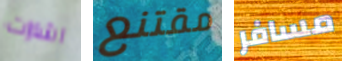
اشارات مقتنع مسافر